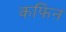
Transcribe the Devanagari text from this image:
कफिन